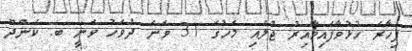
ފިހާރަ ހުޅުވާފައިވާއިރު ޖުލައި މަހުގެ 31 ވަނަ ދުވަހު ވަނީ ބ. ކެންދޫ